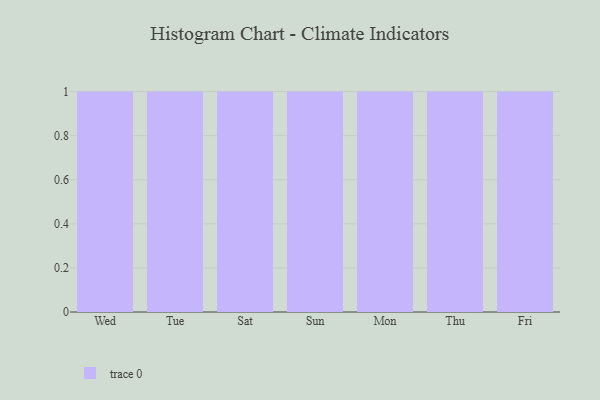
{"axis": {"x": "Day", "y": "Bounce Rate (%)"}, "legend": [""], "data": [{"x": "Wed", "y": 25, "type": ""}, {"x": "Tue", "y": 43, "type": ""}, {"x": "Sat", "y": 25, "type": ""}, {"x": "Sun", "y": 49, "type": ""}, {"x": "Mon", "y": 99, "type": ""}, {"x": "Thu", "y": 69, "type": ""}, {"x": "Fri", "y": 1, "type": ""}]}